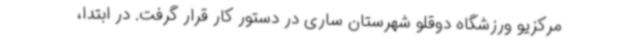
مرکزیو ورزشگاه دوقلو شهرستان ساری در دستور کار قرار گرفت. در ابتدا،